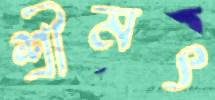
শ্রীমৎ